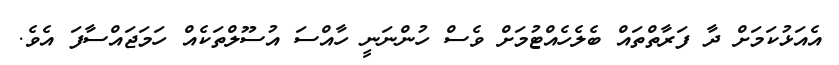
އެއަޅުކަމަށް ދާ ފަރާތްތައް ބެލެހެއްޓުމަށް ވެސް ހުންނަނީ ހާއްސަ އުސޫލްތަކެއް ހަމަޖައްސާފަ އެވެ.